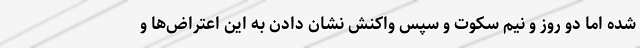
شده اما دو روز و نیم سکوت و سپس واکنش نشان دادن به این اعتراض‌ها و